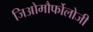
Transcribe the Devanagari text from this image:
जिओमौर्फोलोजी